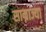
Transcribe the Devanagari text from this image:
साम्राज्या